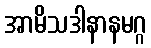
အာမိသဒါနာနမဂ္ဂ